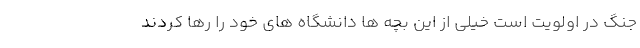
جنگ در اولویت است خیلی از این بچه ها دانشگاه های خود را رها کردند